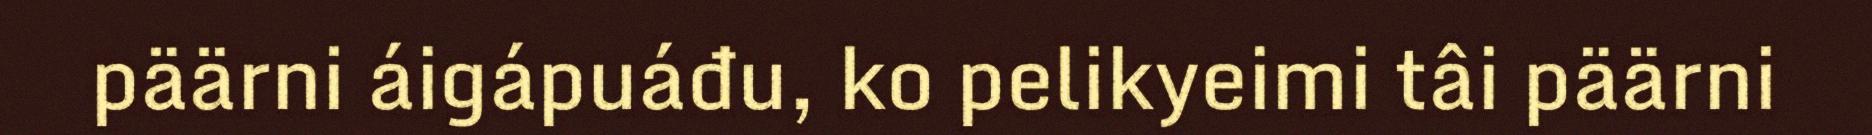
päärni áigápuáđu, ko pelikyeimi tâi päärni